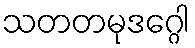
သတတမုဒဂ္ဂေါ